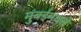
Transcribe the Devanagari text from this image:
मुंबईमधले